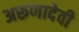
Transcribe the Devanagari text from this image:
अरूणादेवी